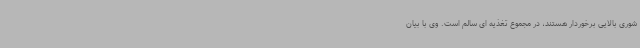
شوری بالایی برخوردار هستند، در مجموع تغذیه ای سالم است. وی با بیان